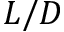
L / D